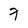
Character: 7